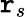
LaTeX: \mathtt{r}_{s}